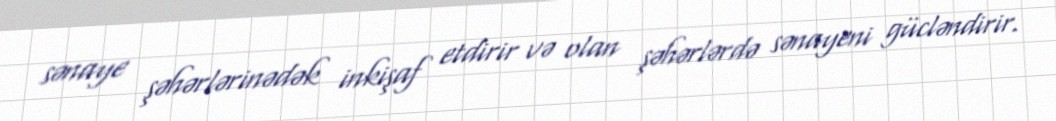
sənaye şəhərlərinədək inkişaf etdirir və olan şəhərlərdə sənayeni gücləndirir.